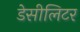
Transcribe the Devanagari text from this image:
डेसीलिटर